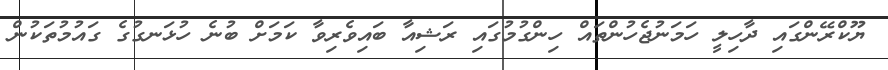
ޔޫކްރޭންގައި ދާހިލީ ހަމަނުޖެހުންތައް ހިންގުމުގައި ރަޝިއާ ބައިވެރިވާ ކަމަށް ބުނެ ހުޅަނގުގެ ގައުމުތަކުން